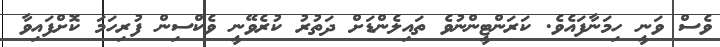
ވެސް ވަނީ ހިމަނާފައެވެ. ކަރަންޓީންނުވެ ތައިލެންޑަށް ދަތުރު ކުރެވޭނީ ވެކްސިން ފުރިހަމަ ކޮށްފައިވާ